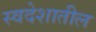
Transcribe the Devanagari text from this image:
स्वदेशातील